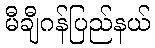
မီချီဂန်ပြည်နယ်